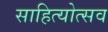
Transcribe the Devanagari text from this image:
साहित्योत्सव